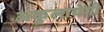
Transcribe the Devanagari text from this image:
अकुलायेगी